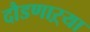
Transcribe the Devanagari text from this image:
दौडणाऱ्या